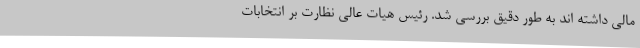
مالی داشته اند به طور دقیق بررسی شد. رئیس هیات عالی نظارت بر انتخابات